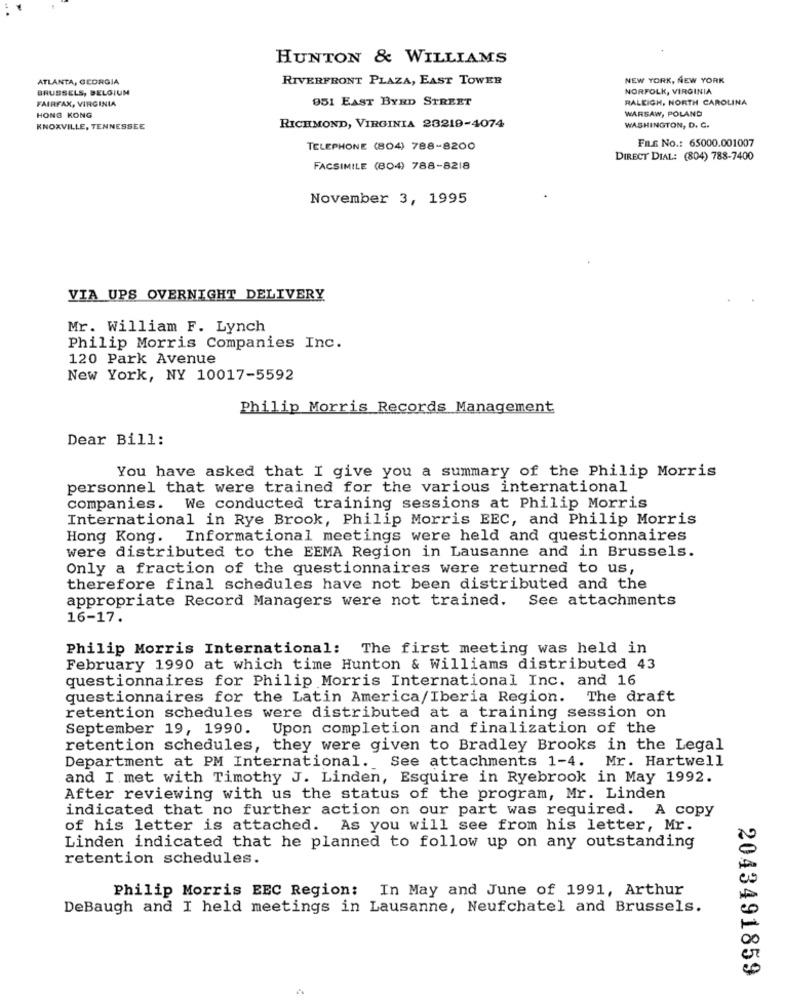
HUNTON & WILLIAMS
ATLANTA, GEORGIA
RIVERFRONT PLAZA, EAST TOWER
NEW YORK, NEW YORK
BRUSSELS, BELGIUM
NORFOLK, VIRGINIA
FAIRFAX, VIRGINIA
951 EAST BYRD STREET
RALEIGH, NORTH CAROLINA
WARSAW, POLAND
HONG KONG
KNOXVILLE, TENNESSEE
RICHMOND, VIRGINIA 23219-4074
WASHINGTON, D. C.
FILE No .: 65000.001007
TELEPHONE (804) 788-8200
DIRECT DIAL: (804) 788-7400
FACSIMILE (804) 788-8218
November 3, 1995
VIA UPS OVERNIGHT DELIVERY
Mr. William F. Lynch
Philip Morris Companies Inc.
120 Park Avenue
New York, NY 10017-5592
Philip Morris Records Management
Dear Bill:
You have asked that I give you a summary of the Philip Morris
personnel that were trained for the various international
companies. We conducted training sessions at Philip Morris
International in Rye Brook, Philip Morris EEC, and Philip Morris
Hong Kong. Informational meetings were held and questionnaires
were distributed to the EEMA Region in Lausanne and in Brussels.
Only a fraction of the questionnaires were returned to us,
therefore final schedules have not been distributed and the
appropriate Record Managers were not trained. See attachments
16-17.
Philip Morris International: The first meeting was held in
February 1990 at which time Hunton & Williams distributed 43
questionnaires for Philip Morris International Inc. and 16
questionnaires for the Latin America/Iberia Region. The draft
retention schedules were distributed at a training session on
September 19, 1990. Upon completion and finalization of the
retention schedules, they were given to Bradley Brooks in the Legal
Department at PM International. See attachments 1-4. Mr. Hartwell
and I met with Timothy J. Linden, Esquire in Ryebrook in May 1992.
After reviewing with us the status of the program, Mr. Linden
indicated that no further action on our part was required. A copy
of his letter is attached. As you will see from his letter, Mr.
Linden indicated that he planned to follow up on any outstanding
retention schedules.
Philip Morris EEC Region: In May and June of 1991, Arthur
DeBaugh and I held meetings in Lausanne, Neufchatel and Brussels.
2043491859